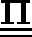
\underline { { \underline { { \mathbf { \Pi } } } } }